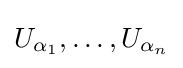
U_{\alpha _{1}},\ldots ,U_{\alpha _{n}}